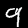
Digit: 9